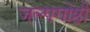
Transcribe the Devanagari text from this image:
जल्पगोष्ठी